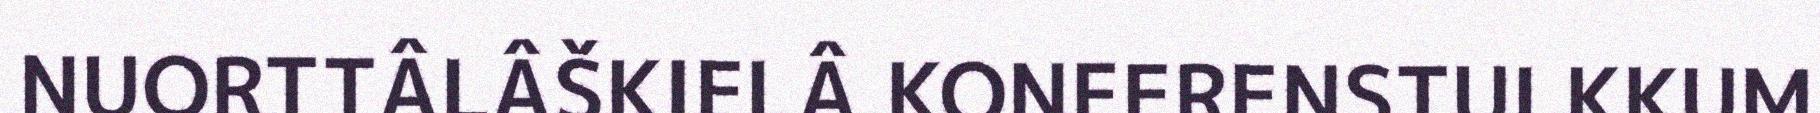
NUORTTÂLÂŠKIELÂ KONFERENSTULKKUM